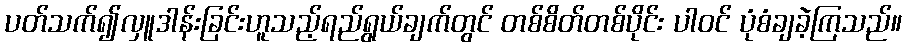
ပတ်သက်၍လှူဒါန်းခြင်းဟူသည့်ရည်ရွယ်ချက်တွင် တစ်စိတ်တစ်ပိုင်း ပါဝင် ပုံစံချခဲ့ကြသည်။